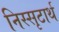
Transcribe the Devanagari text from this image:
निस्सृटार्थ